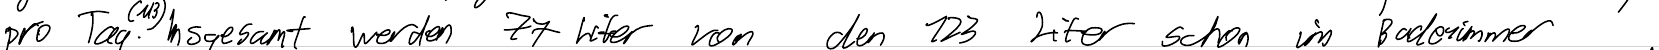
pro Tag. Insgesamt werden 77 Liter von den 123 Liter schon im Badezimmer